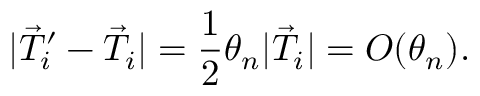
| \vec { T } _ { i } ^ { \prime } - \vec { T } _ { i } | = \frac { 1 } { 2 } \theta _ { n } | \vec { T } _ { i } | = O ( \theta _ { n } ) .